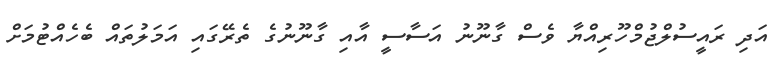
އަދި ރައީސުލްޖުމްހޫރިއްޔާ ވެސް ގާނޫނު އަސާސީ އާއި ގާނޫނުގެ ތެރޭގައި އަމަލުތައް ބެހެއްޓުމަށް